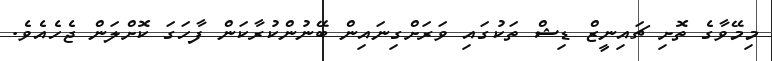
މިމޭވާގެ ތޮށި ޗައިނީޒް ޑިޝް ތަކުގައި ވަރަށްގިނައިން ބޭނުންކުރާކަން ފާހަގަ ކޮށްލަން ޖެހެއެވެ.